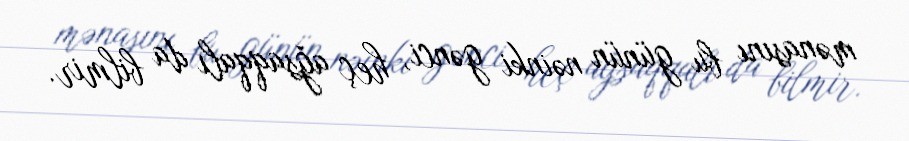
mənasını bu günün nəinki gənci, heç ağsaqqalı da bilmir.